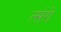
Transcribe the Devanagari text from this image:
त्संगे